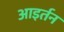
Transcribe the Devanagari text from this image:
आइर्तन